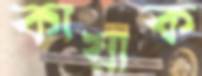
কায়াক